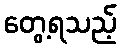
တွေ့ရသည့်